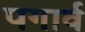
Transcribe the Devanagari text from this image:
पगार्व